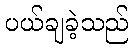
ပယ်ချခဲ့သည်